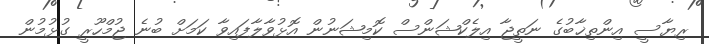
ރިޔާސީ އިންތިޚާބުގެ ނަތީޖާ އިލެކްޝަންސް ކޮމިޝަނުން އޮޅުވާލާފައިވާ ކަމަށް ބުނެ ޖުމްހޫރީ ގުޅުމުން